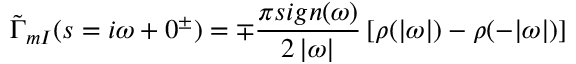
\tilde { \Gamma } _ { m I } ( s = i \omega + 0 ^ { \pm } ) = \mp \frac { \pi s i g n ( \omega ) } { 2 \, | \omega | } \left[ \rho ( | \omega | ) - \rho ( - | \omega | ) \right]